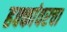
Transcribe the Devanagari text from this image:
हक्कांवरचा